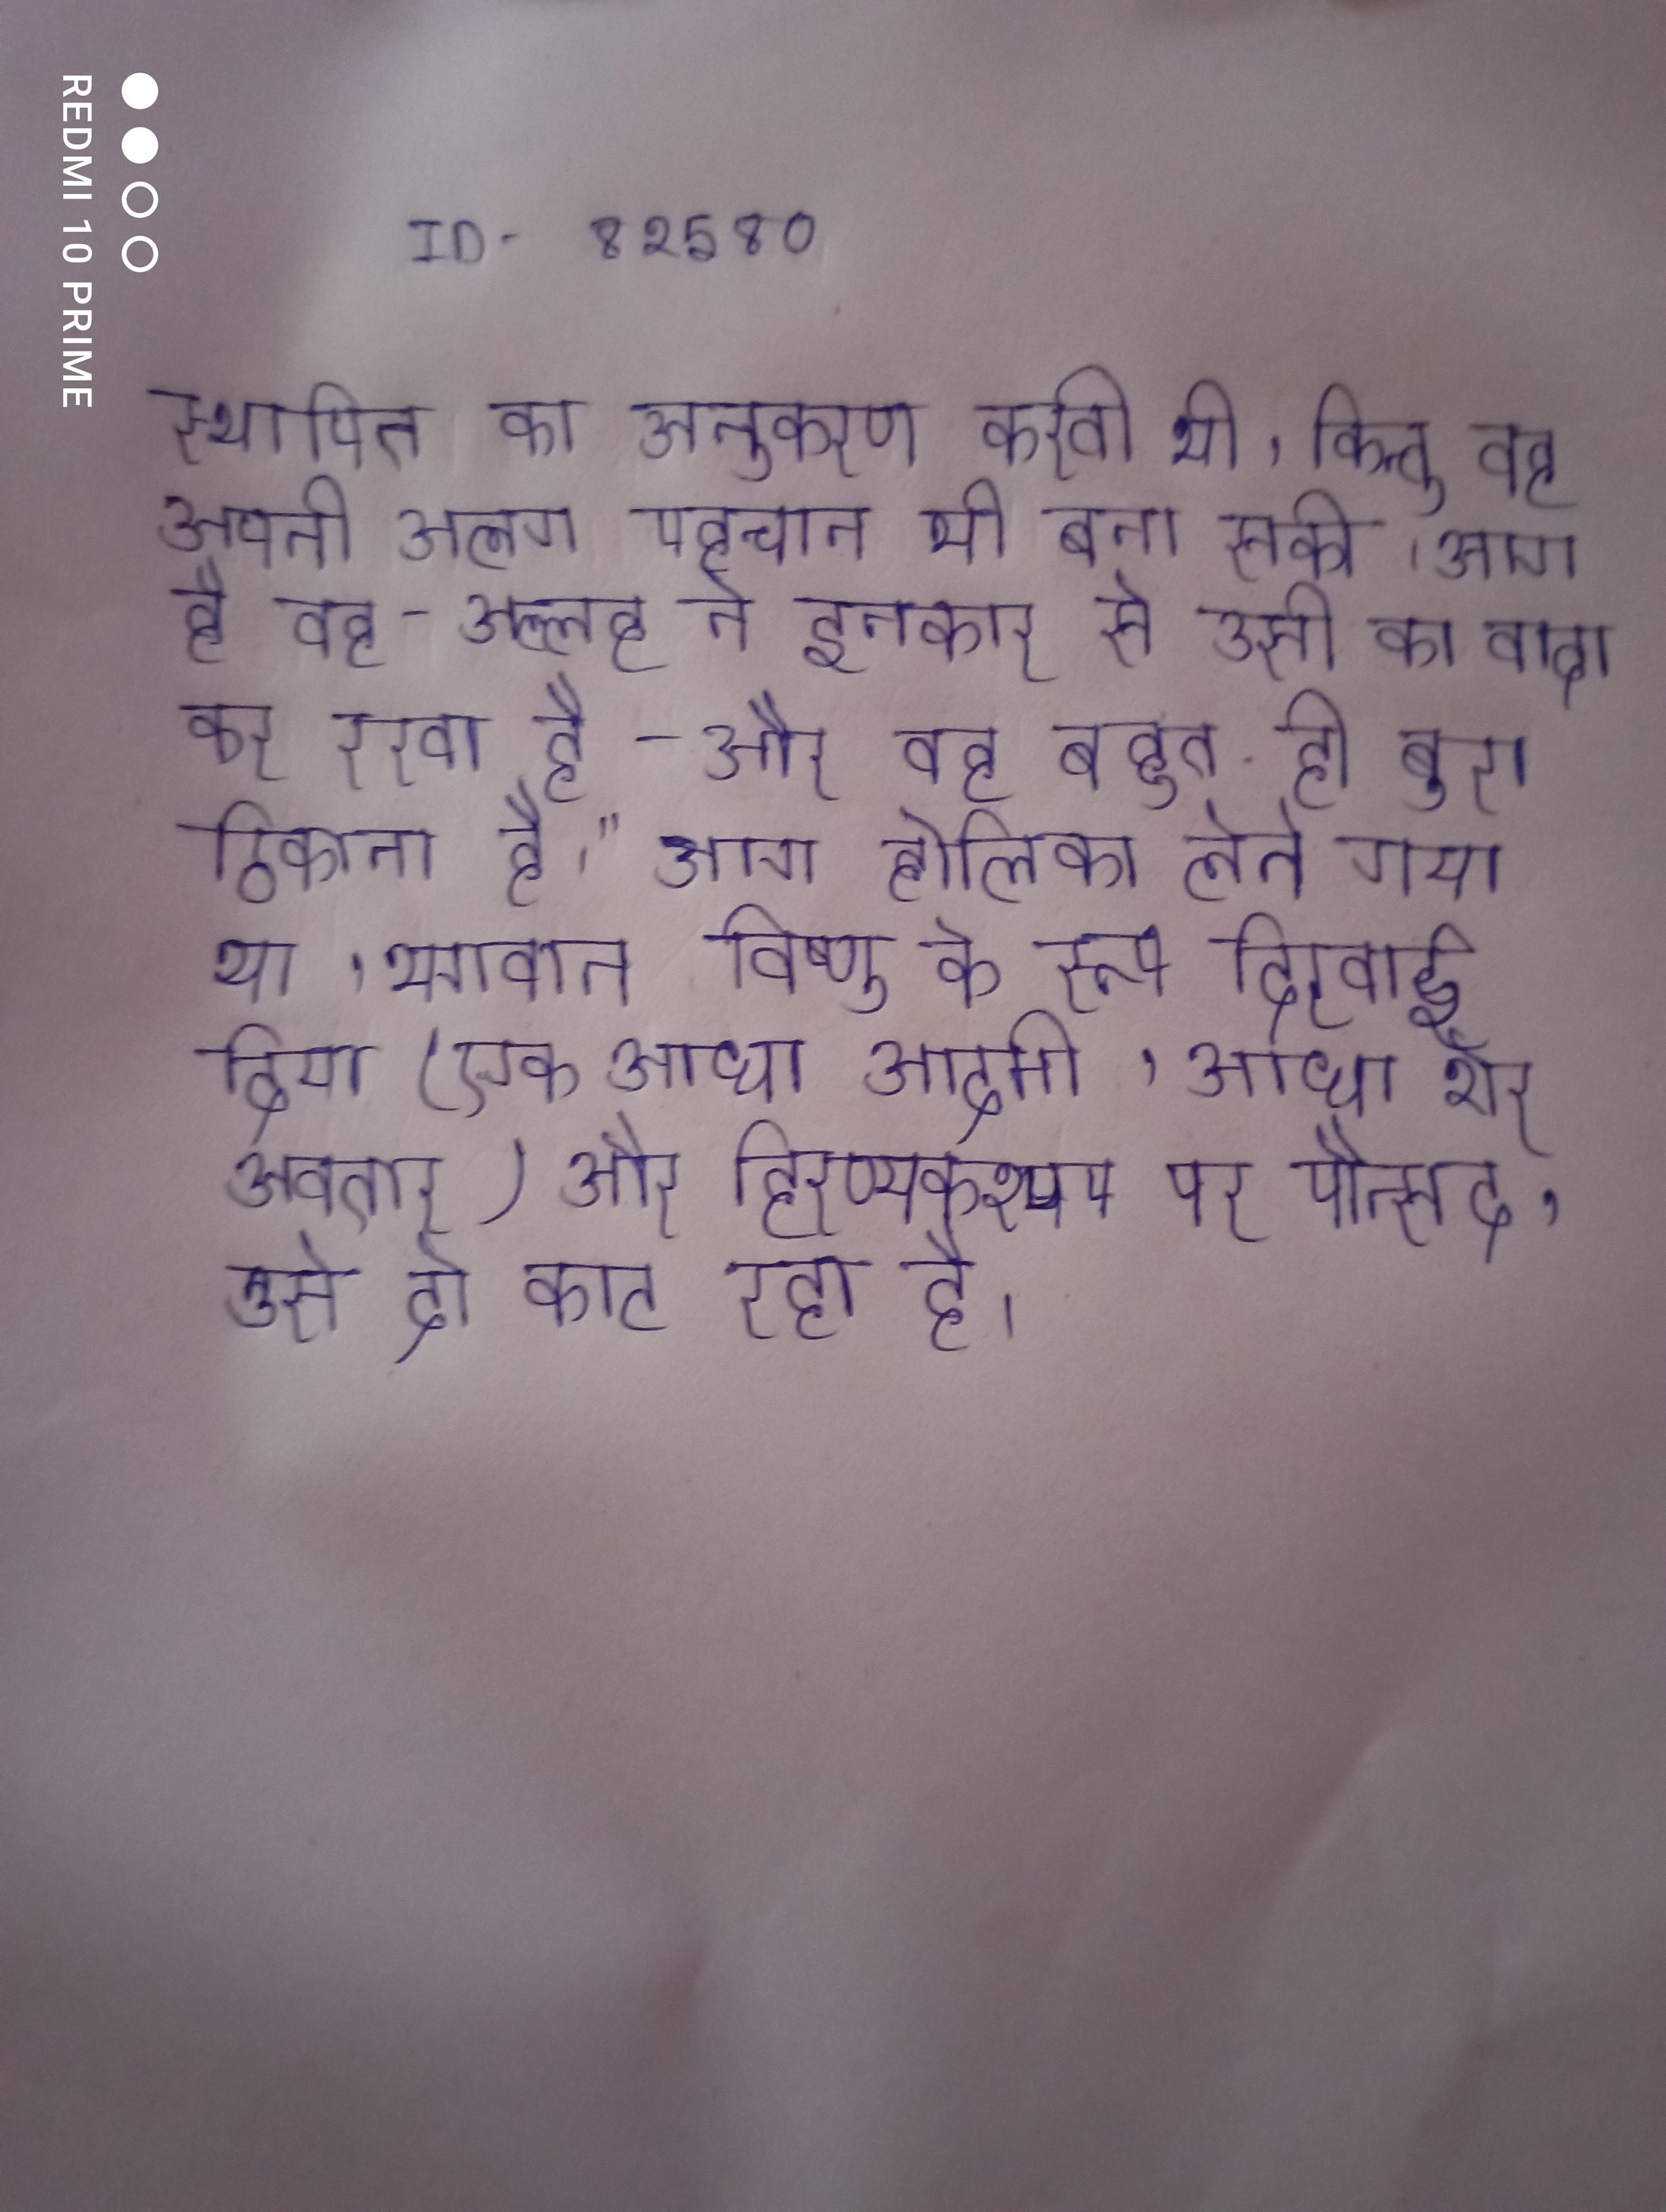
स्थापित का अनुकरण करती थी, किन्तु वह अपनी अलग पहचान भी बना सकी । आग है वह - अल्लाह ने इनकार से उसी का वादा कर रखा है - और वह बहुत ही बुरा ठिकाना है।" आग होलिका लेने गया था, भगवान विष्णु के रूप दिखाई दिया (एक आधा आदमी, आधा शेर अवतार) और हिरण्यकश्यप पर पौन्सद, उसे दो काट रहा है ।